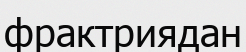
фрактриядан